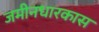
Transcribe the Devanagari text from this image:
जमीनधारकास